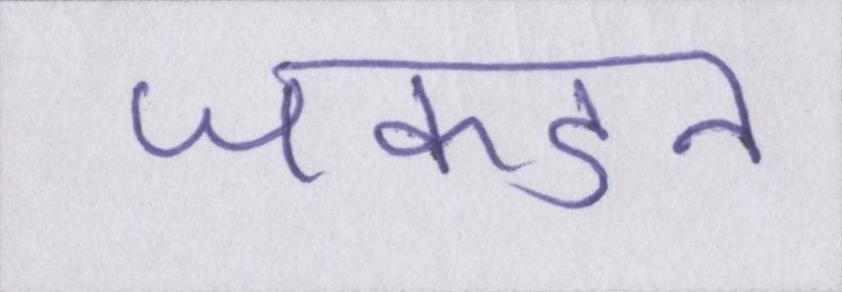
जकडन